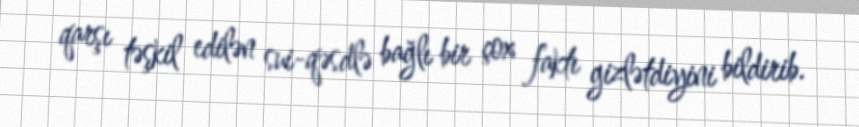
qarşı təşkil edilən sui-qəsdlə bağlı bir çox faktı gizlətdiyini bildirib.